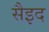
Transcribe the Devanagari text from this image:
सैइद